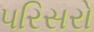
પરિસરો